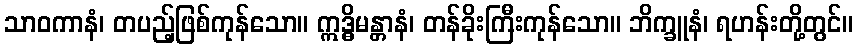
သာဝကာနံ၊ တပည့်ဖြစ်ကုန်သော။ ဣဒ္ဓိမန္တာနံ၊ တန်ခိုးကြီးကုန်သော။ ဘိက္ခူနံ၊ ရဟန်းတို့တွင်။